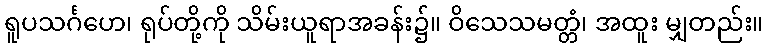
ရူပသင်္ဂဟေ၊ ရုပ်တို့ကို သိမ်းယူရာအခန်း၌။ ဝိသေသမတ္တံ၊ အထူး မျှတည်း။